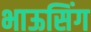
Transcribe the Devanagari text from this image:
भाऊसिंग